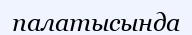
палатысында